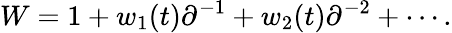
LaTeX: W=1+w_{1}(t)\partial^{-1}+w_{2}(t)\partial^{-2}+\cdots.